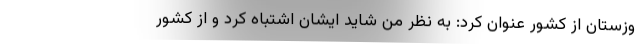
وزستان از کشور عنوان کرد: به نظر من شاید ایشان اشتباه کرد و از کشور